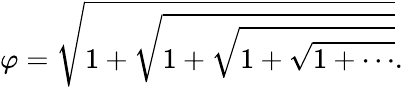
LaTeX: \varphi={\sqrt{1+{\sqrt{1+{\sqrt{1+{\sqrt{1+\cdots}}}}}}}}.